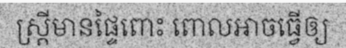
ស្ត្រីមានផ្ទៃពោះ ពោលអាចធ្វើឲ្យ